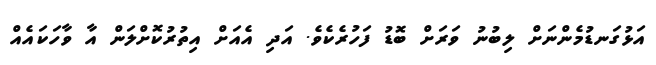
އަޅުގަނޑުމެންނަށް ލިބުނު ވަރަށް ބޮޑު ފަހުރެކެވެ. އަދި އެއަށް އިތުރުކޮށްލަން އާ ވާހަކައެއް